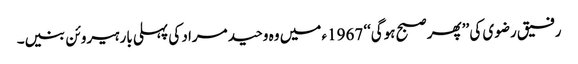
رفیق رضوی کی ’’پھر صبح ہوگی‘‘ 1967ء میں وہ وحید مراد کی پہلی بار ہیروئن بنیں۔